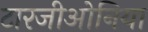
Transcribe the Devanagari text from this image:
टारजीओनिया